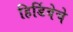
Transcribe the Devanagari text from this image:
हिडिंबेचे